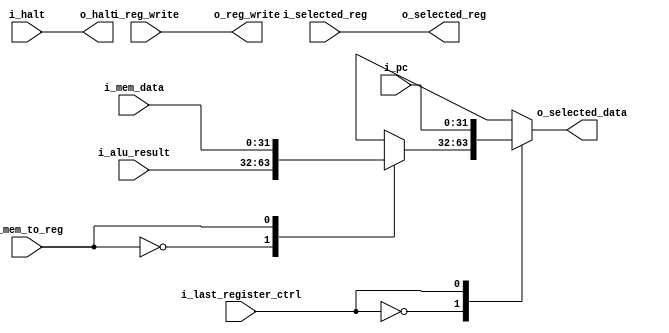
`timescale 1ns / 1ps
//////////////////////////////////////////////////////////////////////////////////
// Company: 
// Engineer: 
// 
// Create Date:
// Design Name: 
// Module Name: write_back
// Project Name: 
// Target Devices: 
// Tool Versions: 
// Description: 
// 
// Dependencies: 
// 
// Revision:
// Revision 0.01 - File Created
// Additional Comments:
// 
//////////////////////////////////////////////////////////////////////////////////


`timescale 1ns / 1ps

module write_back#(
        parameter WIDTH_DATA = 32,
        parameter WIDTH_REG  = 5,
        parameter WIDTH_PC   = 32
    )
    (   input i_reg_write,                              // Pasamano de que SI se escribe en un registro
        input i_mem_to_reg,                             // MUX selector de ALU RESULT y VALOR OBTENIDO DE LA MEMORIA
        input [WIDTH_DATA-1:0] i_mem_data,              // i_mem_to_reg = 1
        input [WIDTH_DATA-1:0] i_alu_result,             // i_mem_to_reg = 0
        input [WIDTH_REG-1:0] i_selected_reg,           // Direccion del registro donde escribir
        input i_last_register_ctrl,                     // Si se escribe en el ultimo registro debido a JAL y JALR
        input [WIDTH_PC-1:0] i_pc,                      // Valor de Program Counter
        input i_halt,                                   // Si se genero un HALT

        output o_reg_write,                             // Indica si se escribe en un REGISTRO
        output [WIDTH_DATA-1:0] o_selected_data,        // Valor que se escribe
        output [WIDTH_REG-1:0] o_selected_reg,         // Valor de la direccion DONDE se escribe
        output o_halt                                   // HALT
    );
      
    reg [WIDTH_DATA-1:0] aux_reg;
    reg [WIDTH_DATA-1:0] aux_reg_2;
    
    always @ (*) begin
        case (i_mem_to_reg)
            1'b0 : aux_reg <= i_alu_result;
            1'b1 : aux_reg <= i_mem_data;
        endcase
        case (i_last_register_ctrl)
            1'b0 : aux_reg_2 <= aux_reg;
            1'b1 : aux_reg_2 <= i_pc;
        endcase
    end
    
    assign o_selected_data = aux_reg_2;    
    assign o_reg_write = i_reg_write;
    assign o_selected_reg = i_selected_reg;
    assign o_halt = i_halt;
endmodule